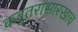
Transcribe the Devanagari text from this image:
कबुतरासारखाच